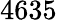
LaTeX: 4635